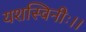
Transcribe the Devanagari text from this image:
यशस्विनीः।।